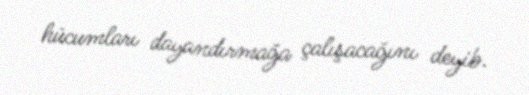
hücumları dayandırmağa çalışacağını deyib.